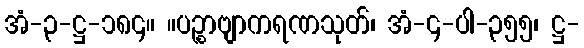
အံ-၃-ဋ္ဌ-၁၈၄။ ။ပဉ္စာဗျာကရဏသုတ်၊ အံ-၄-ပါ-၃၅၅၊ ဋ္ဌ-